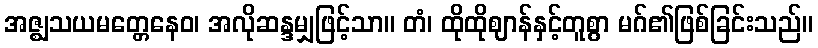
အဇ္ဈသယမတ္တေနေဝ၊ အလိုဆန္ဒမျှဖြင့်သာ။ တံ၊ ထိုထိုဈာန်နှင့်တူစွာ မဂ်၏ဖြစ်ခြင်းသည်။